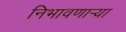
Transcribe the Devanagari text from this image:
निभावणाऱ्या